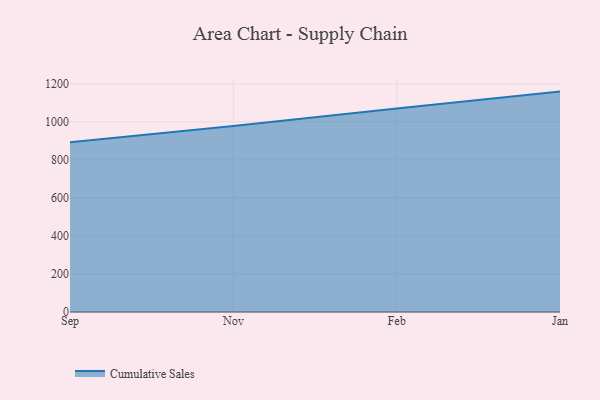
{"axis": {"x": "Month", "y": "Active Users"}, "legend": ["Cumulative Sales"], "data": [{"x": "Sep", "y": 892.1, "type": "Cumulative Sales"}, {"x": "Nov", "y": 977.6, "type": "Cumulative Sales"}, {"x": "Feb", "y": 1070.0, "type": "Cumulative Sales"}, {"x": "Jan", "y": 1159.1, "type": "Cumulative Sales"}]}